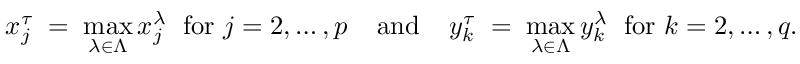
x _ { j } ^ { \tau } \; = \; \operatorname * { m a x } _ { \lambda \in \Lambda } x _ { j } ^ { \lambda } \; { \mathrm { ~ f o r ~ } } j = 2 , \ldots , p \; \; \; \; { \mathrm { a n d } } \; \; \; \; y _ { k } ^ { \tau } \; = \; \operatorname * { m a x } _ { \lambda \in \Lambda } y _ { k } ^ { \lambda } \; { \mathrm { ~ f o r ~ } } k = 2 , \ldots , q .